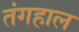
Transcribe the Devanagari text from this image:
तंगहाल